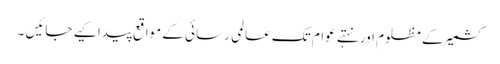
کشمیر کے مظلوم اورنہتے عوام تک عالمی رسائی کے مواقع پیدا کیے جائیں ۔